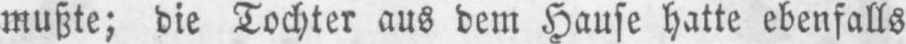
mußte; die Tochter aus dem Hause hatte ebenfalls